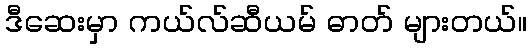
ဒီဆေးမှာ ကယ်လ်ဆီယမ် ဓာတ် များတယ်။